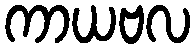
ကာယဗလ